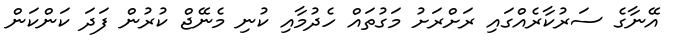
އޭނާގެ ސަރުކާރެއްގައި ރަށްރަށު މަގުތައް ހެދުމާއި ކުނި މެނޭޖް ކުރުން ފަދަ ކަންކަން